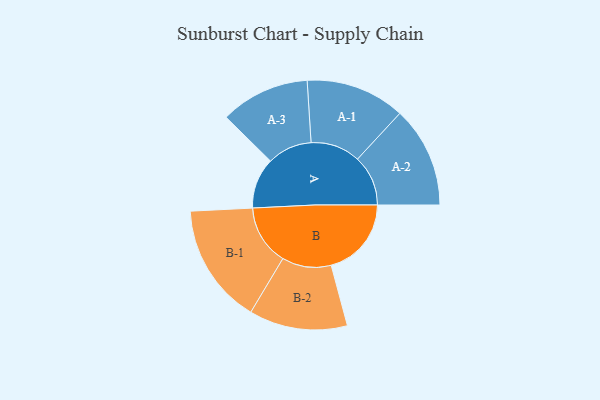
{"axis": {"x": "Segment", "y": "Value"}, "legend": ["", "A", "B"], "data": [{"x": "A", "y": 226, "type": ""}, {"x": "B", "y": 357, "type": ""}, {"x": "A-1", "y": 221, "type": "A"}, {"x": "A-2", "y": 225, "type": "A"}, {"x": "A-3", "y": 199, "type": "A"}, {"x": "B-1", "y": 268, "type": "B"}, {"x": "B-2", "y": 219, "type": "B"}]}